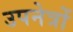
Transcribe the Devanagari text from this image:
उपनेत्रों